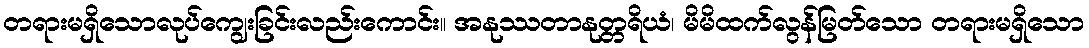
တရားမရှိသောလုပ်ကျွေးခြင်းလည်းကောင်း။ အနုဿတာနုတ္တရိယံ၊ မိမိထက်လွန်မြတ်သော တရားမရှိသော